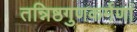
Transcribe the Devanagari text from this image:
तन्निष्ठगुणकर्मणां